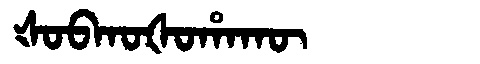
Manchu: ᡧᠣᠪᡴᠣᡧᠣᡥᠠᡴᡡ
Romanization: ŠOBKOŠOHAKŪ